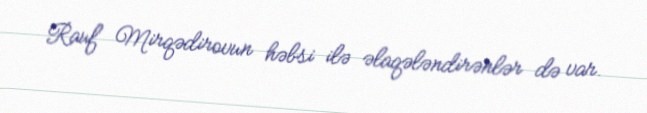
Rauf Mirqədirovun həbsi ilə əlaqələndirənlər də var.